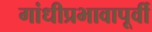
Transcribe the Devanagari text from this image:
गांधीप्रभावापूर्वी